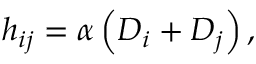
h _ { i j } = \alpha \left( D _ { i } + D _ { j } \right) ,